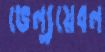
ভেল্যুয়েবল